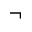
\neg